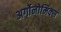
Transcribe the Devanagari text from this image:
अर्गोनोमिक्स